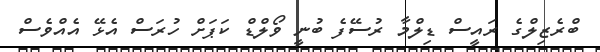
ބްރެޒިލްގެ ރައީސް ޑިލްމާ ރުސޭފެ ބުނީ ވޯލްޑް ކަޕަށް ހުރަސް އެޅޭ އެއްވެސް